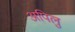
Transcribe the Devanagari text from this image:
अपिलु